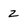
Character: z